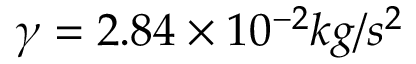
\gamma = 2 . 8 4 \times 1 0 ^ { - 2 } k g / s ^ { 2 }